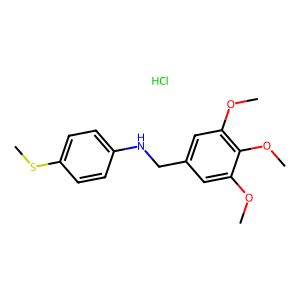
SMILES: COc1cc(CNc2ccc(SC)cc2)cc(OC)c1OC.Cl
Inhibits HIV replication: No